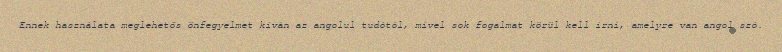
Ennek használata meglehetős önfegyelmet kíván az angolul tudótól, mivel sok fogalmat körül kell írni, amelyre van angol szó.